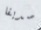
صديقا